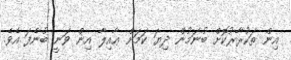
އިން ތަކުރާރުކޮށް ބުނަމުން ދިޔަ ކަމަށް ޢާއިލާ އިން ވަނީ ބުނެފަ އެވެ.